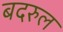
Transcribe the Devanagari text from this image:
बदरुल